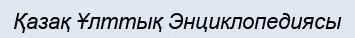
Қазақ Ұлттық Энциклопедиясы